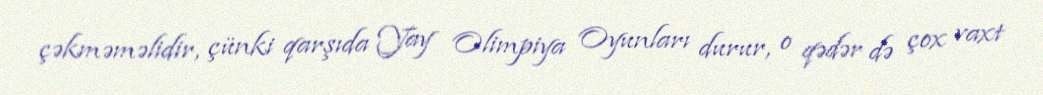
çəkməməlidir, çünki qarşıda Yay Olimpiya Oyunları durur, o qədər də çox vaxt